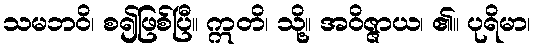
သမဘဝိ၊ စ၍ဖြစ်ပြီ။ ဣတိ၊ သို့။ အဝိဇ္ဇာယ၊ ၏။ ပုရိမာ၊